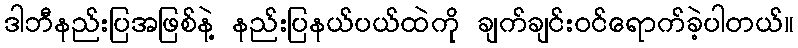
ဒါဘီနည်းပြအဖြစ်နဲ့ နည်းပြနယ်ပယ်ထဲကို ချက်ချင်းဝင်ရောက်ခဲ့ပါတယ်။